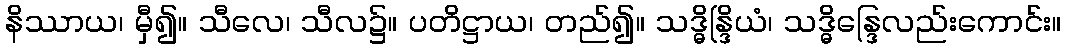
နိဿာယ၊ မှီ၍။ သီလေ၊ သီလ၌။ ပတိဋ္ဌာယ၊ တည်၍။ သဒ္ဓိန္ဒြိယံ၊ သဒ္ဓိန္ဒြေလည်းကောင်း။